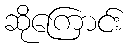
ဆိုကြောင်း